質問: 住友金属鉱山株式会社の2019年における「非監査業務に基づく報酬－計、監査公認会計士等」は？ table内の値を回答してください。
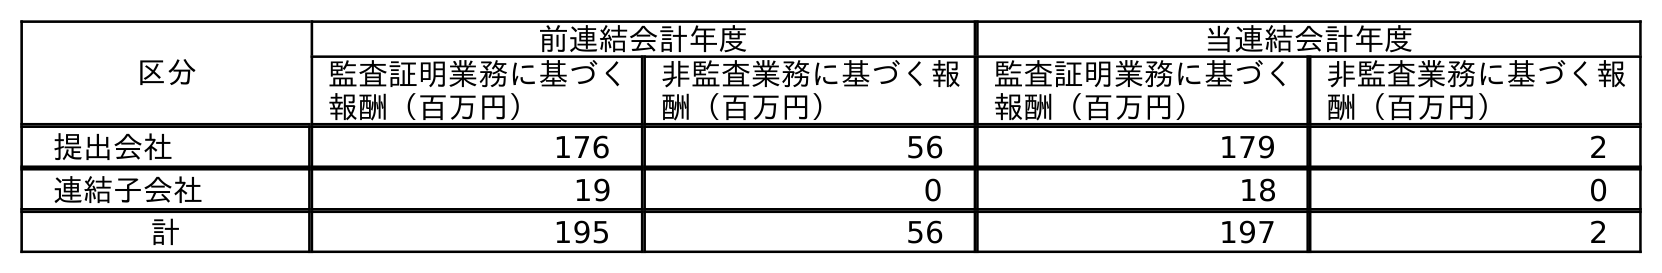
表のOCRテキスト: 区分 前連結会計年度 当連結会計年度 監査証明業務に基づく 報酬（百万円） 非監査業務に基づく報 酬（百万円） 監査証明業務に基づく 報酬（百万円） 非監査業務に基づく報 酬（百万円） 提出会社 176 56 179 2 連結子会社 19 0 18 0 計 195 56 197 2
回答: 56